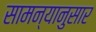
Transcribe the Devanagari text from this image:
सामन्यानुसार